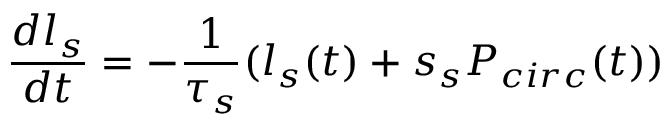
\frac { d l _ { s } } { d t } = - \frac { 1 } { \tau _ { s } } ( l _ { s } ( t ) + s _ { s } P _ { c i r c } ( t ) )